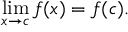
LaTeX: \operatorname* { l i m } _ { x \to c } f ( x ) = f ( c ) .